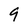
Character: 9